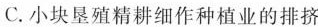
C.小块垦殖精耕细作种植业的排挤